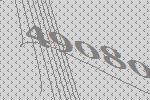
49080